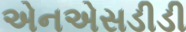
એનએસડીડી